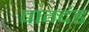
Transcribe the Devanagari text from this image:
वाग्दंड